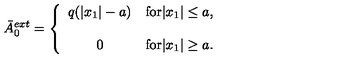
\bar { A } _ { 0 } ^ { e x t } = \left\{ \begin{array} { c c } { q ( | x _ { 1 } | - a ) } & { \mathrm { f o r } | x _ { 1 } | \leq a , } \\ { \vspace { 2 m m } } \\ { 0 } & { \mathrm { f o r } | x _ { 1 } | \geq a . } \\ \end{array} \right.